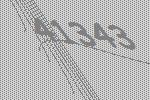
41343